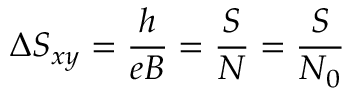
\Delta S _ { x y } = \frac { h } { e B } = \frac { S } { N } = \frac { S } { N _ { 0 } }